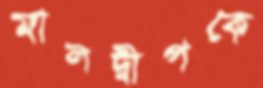
মালদ্বীপকে